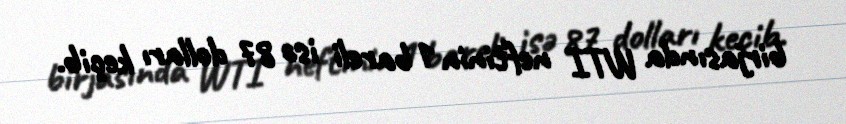
birjasında WTI neftinin 1 bareli isə 87 dolları keçib.